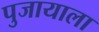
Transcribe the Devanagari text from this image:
पुजायाला